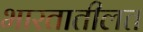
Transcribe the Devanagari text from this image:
भारतातीलत